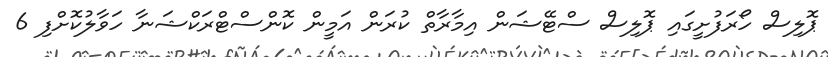
ޕޮލިސް ހޯރަފުށީގައި ޕޮލިސް ސްޓޭޝަން އިމާރާތް ކުރަން އަމީން ކޮންސްޓްރަކްޝަނާ ހަވާލުކޮށްފި 6